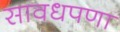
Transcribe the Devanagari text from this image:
सावधपणा